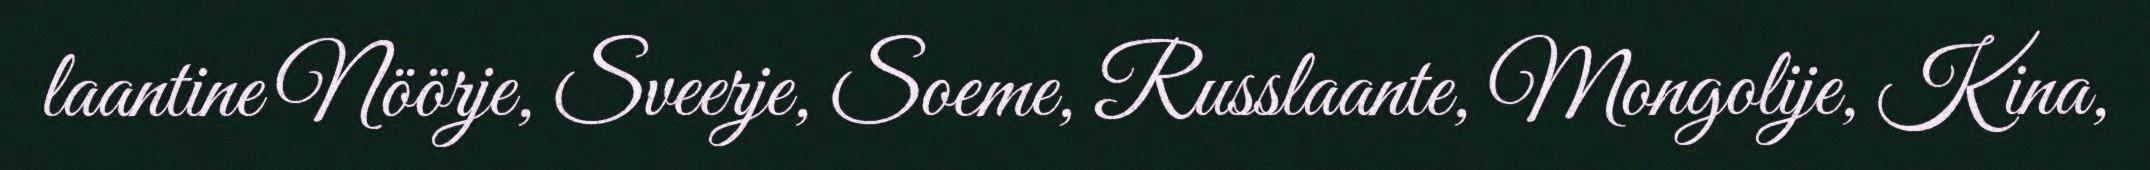
laantine Nöörje, Sveerje, Soeme, Russlaante, Mongolije, Kina,